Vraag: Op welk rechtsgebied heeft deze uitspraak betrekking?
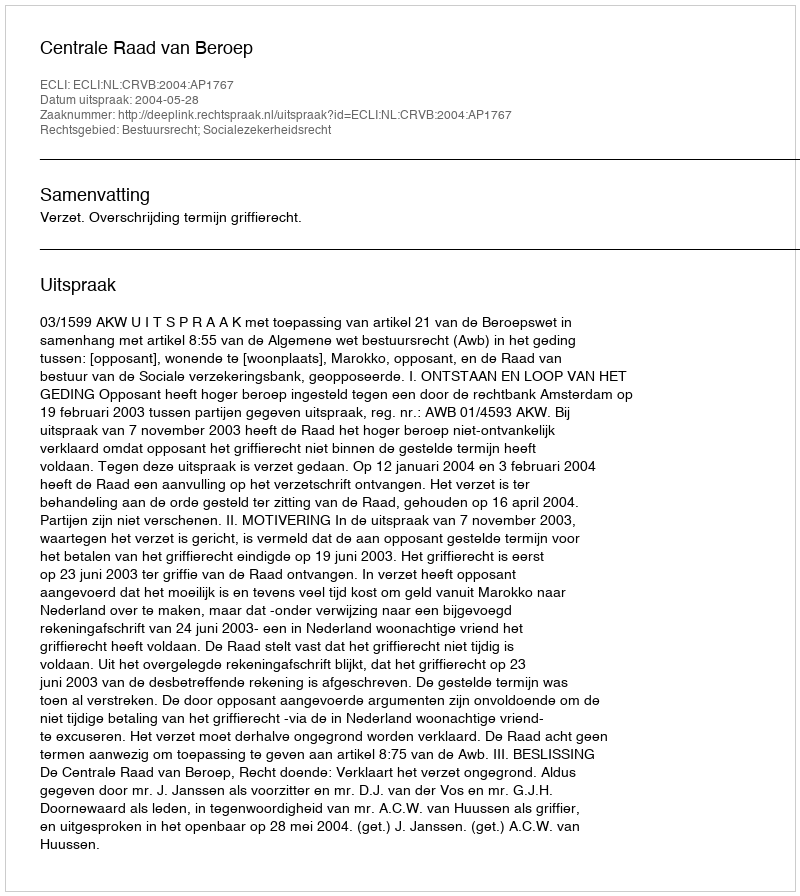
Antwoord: Bestuursrecht; Socialezekerheidsrecht